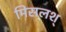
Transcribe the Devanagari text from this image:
मिसलश्